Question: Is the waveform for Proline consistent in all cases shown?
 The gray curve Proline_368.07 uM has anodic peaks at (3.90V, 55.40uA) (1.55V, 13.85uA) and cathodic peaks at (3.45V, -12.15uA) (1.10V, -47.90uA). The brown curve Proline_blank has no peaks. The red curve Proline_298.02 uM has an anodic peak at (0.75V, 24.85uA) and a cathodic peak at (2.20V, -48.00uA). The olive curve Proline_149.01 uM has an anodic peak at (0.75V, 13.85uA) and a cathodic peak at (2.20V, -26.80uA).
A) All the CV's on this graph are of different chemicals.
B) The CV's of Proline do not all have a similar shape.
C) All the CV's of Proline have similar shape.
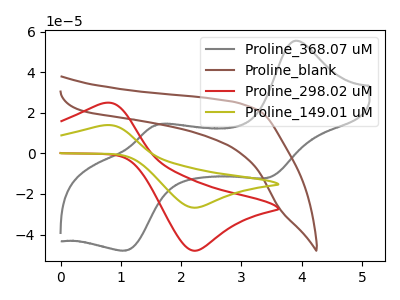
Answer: <think>"Proline_368.07 uM" and "Proline_blank" have a different number of peaks. "Proline_368.07 uM" and "Proline_298.02 uM" have a different number of peaks. "Proline_368.07 uM" and "Proline_149.01 uM" have a different number of peaks. "Proline_blank" and "Proline_298.02 uM" have a different number of peaks. "Proline_blank" and "Proline_149.01 uM" have a different number of peaks. All the peaks in "Proline_298.02 uM" have a peak in "Proline_149.01 uM" at the same potential. Every peak in "Proline_298.02 uM" is higher than every peak in "Proline_149.01 uM".
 </think>
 <answer>C) All the CV's of "Proline" have similar shape.</answer>
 <eval>C</eval>